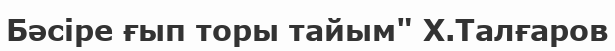
Бәсіре ғып торы тайым" Х.Талғаров